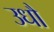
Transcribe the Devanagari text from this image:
उधौ